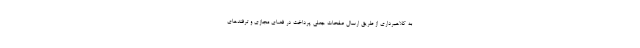
به کلاهبرداری از طریق ارسال صفحات جعلی پرداخت در فضای مجازی و ترفندهای